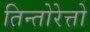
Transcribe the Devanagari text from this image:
तिन्तोरेत्तो